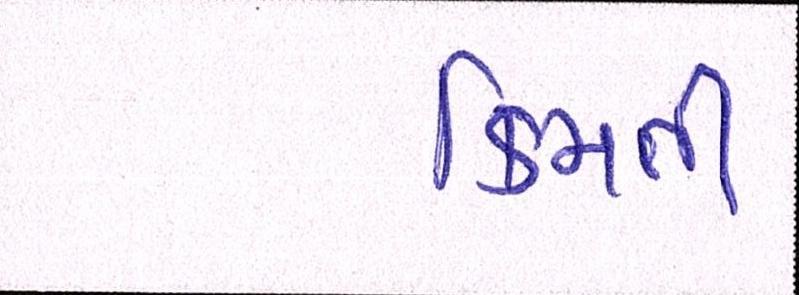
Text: કિમતી